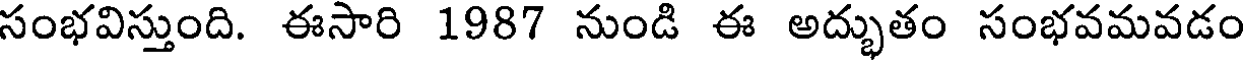
సంభవిస్తుంది. ఈసారి 1987 నుండి ఈ అద్భుతం సంభవమవడం